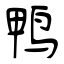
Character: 鸭